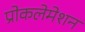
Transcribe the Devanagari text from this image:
प्रोकलेमेशन